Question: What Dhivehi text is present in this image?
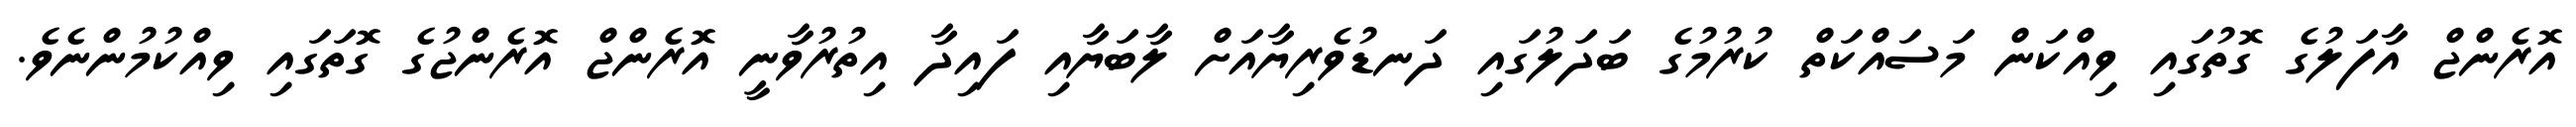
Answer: އޮރެންޖް އާފަލުގެ ގޮތުގައި ވިއްކަން މަސައްކަތް ކުރުމުގެ ބަދަލުގައި ދަނޑުވެރިޔާއަށް ލާބަޔާއި ފައިދާ އިތުރުވާނީ އޮރެންޖް އޮރެންޖުގެ ގޮތަގައި ވިއްކުމުންނެވެ.